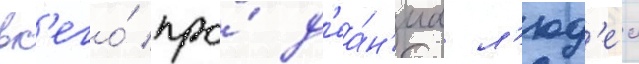
вс'его́ про́ д'еа́н'иа л'юд'еи